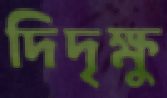
দিদৃক্ষু